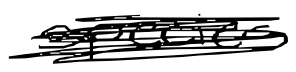
Text: species
Cross-out: scratch
Writing tool: digital_black